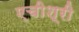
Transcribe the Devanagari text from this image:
एचीश्री